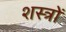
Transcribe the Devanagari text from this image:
शस्‍त्रों